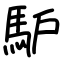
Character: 馿